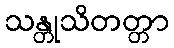
သန္တုသိတတ္တာ